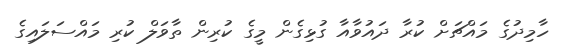
ހާމިދުގެ މައްޗަށް ކުރާ ދައުވާއާ ގުޅިގެން މީގެ ކުރިން ތާވަލް ކުރި މައްސަލައިގެ